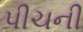
પીચની